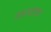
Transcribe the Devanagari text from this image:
एनआरएफ़